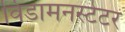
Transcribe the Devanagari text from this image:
विडामनस्टेटर